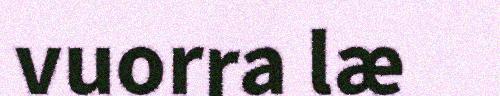
vuorra læ